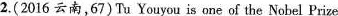
2.(2016 云南,67)Tu Youyou is one of the Nobel Prize